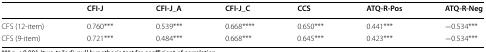
<table><thead><tr><td></td><td><b>CFI-J</b></td><td><b>CFI-J_A</b></td><td><b>CFI-J_C</b></td><td><b>CCS</b></td><td><b>ATQ-R-Pos</b></td><td><b>ATQ-R-Neg</b></td></tr></thead><tbody><tr><td>CFS (12-item)</td><td>0.760***</td><td>0.539***</td><td>0.668****</td><td>0.650***</td><td>0.441***</td><td>−0.534***</td></tr><tr><td>CFS (9-item)</td><td>0.721***</td><td>0.484***</td><td>0.668***</td><td>0.645***</td><td>0.423***</td><td>−0.534***</td></tr></tbody></table>